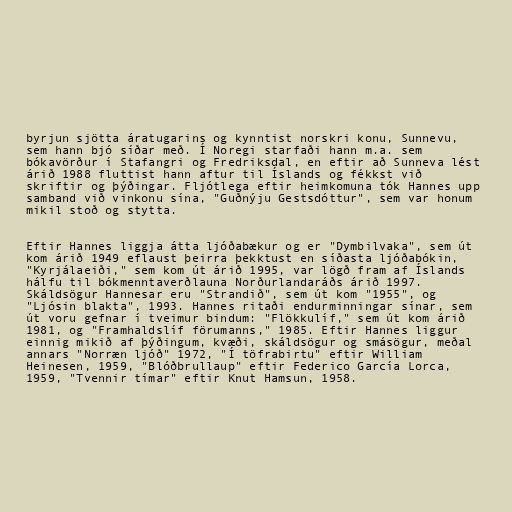
byrjun sjötta áratugarins og kynntist norskri konu, Sunnevu,
sem hann bjó síðar með. Í Noregi starfaði hann m.a. sem
bókavörður í Stafangri og Fredriksdal, en eftir að Sunneva lést
árið 1988 fluttist hann aftur til Íslands og fékkst við
skriftir og þýðingar. Fljótlega eftir heimkomuna tók Hannes upp
samband við vinkonu sína, "Guðnýju Gestsdóttur", sem var honum
mikil stoð og stytta.

Eftir Hannes liggja átta ljóðabækur og er "Dymbilvaka", sem út
kom árið 1949 eflaust þeirra þekktust en síðasta ljóðabókin,
"Kyrjálaeiði," sem kom út árið 1995, var lögð fram af Íslands
hálfu til bókmenntaverðlauna Norðurlandaráðs árið 1997.
Skáldsögur Hannesar eru "Strandið", sem út kom "1955", og
"Ljósin blakta", 1993. Hannes ritaði endurminningar sínar, sem
út voru gefnar í tveimur bindum: "Flökkulíf," sem út kom árið
1981, og "Framhaldslíf förumanns," 1985. Eftir Hannes liggur
einnig mikið af þýðingum, kvæði, skáldsögur og smásögur, meðal
annars "Norræn ljóð" 1972, "Í töfrabirtu" eftir William
Heinesen, 1959, "Blóðbrullaup" eftir Federico García Lorca,
1959, "Tvennir tímar" eftir Knut Hamsun, 1958.